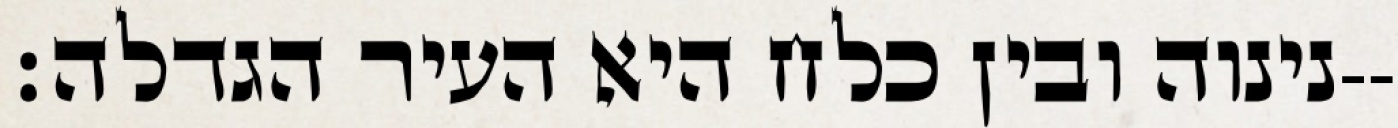
נינוה ובין כלח היא העיר הגדלה׃--